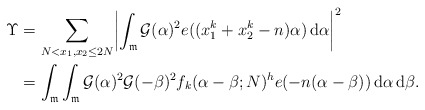
\begin{align*}\Upsilon&=\sum_{N<x_1,x_2\le 2N}\biggl| \int_{\mathfrak m}\mathcal G(\alpha)^2e((x_1^k+x_2^k-n)\alpha)\,{\rm d}\alpha \biggr|^2\\&=\int_{\mathfrak m}\int_{\mathfrak m}\mathcal G(\alpha)^2\mathcal G(-\beta)^2f_k(\alpha-\beta;N)^he(-n(\alpha-\beta))\,{\rm d}\alpha \, {\rm d}\beta .\end{align*}